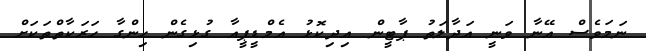
ނަމަވެސް އޭނާ ވަނީ އަދާލަތު ޕާޓީން އިދިކޮޅު އެމްޑީޕީއާ ގުޅިގެން ހިންގާ ހަރަކާތްތަކަށް